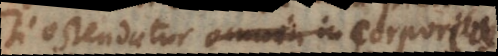
si ostendatur omnia in corporibus